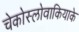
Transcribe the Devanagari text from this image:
चेकोस्लोवाकियाके